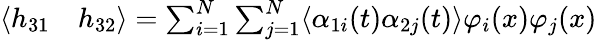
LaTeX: \begin{array}{rl}{\langle h_{31}}&{{}h_{32}\rangle=\sum_{i=1}^{N}\sum_{j=1}^{N}\langle\alpha_{1i}(t)\alpha_{2j}(t)\rangle\varphi_{i}(x)\varphi_{j}(x)}\end{array}